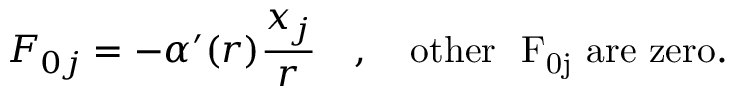
{ \cal F } _ { 0 j } = - \alpha ^ { \prime } ( r ) \frac { x _ { j } } r \quad , \quad \mathrm { o t h e r ~ { \cal ~ F } _ { 0 j } ~ a r e ~ z e r o } .